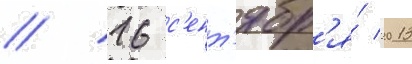
// 16 с'ент'ябр'я́ 2013